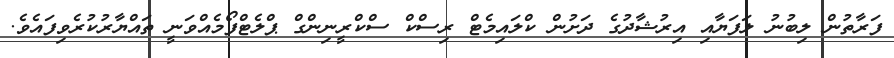
ފަރާތުން ލިބުނު ލަފަޔާއި އިރުޝާދުގެ ދަށުން ކްލައިމެޓް ރިސްކް ސްކްރީނިންގް ޕްލެޓްފޯމެއްވަނީ ތައްޔާރުކުރެވިފައެވެ.